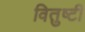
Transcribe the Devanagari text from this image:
वितुष्टी